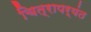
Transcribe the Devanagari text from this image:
चित्रापर्यंत